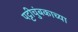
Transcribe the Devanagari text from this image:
पट्टीचुंबकाच्या